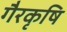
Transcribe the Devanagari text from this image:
गैरकृषि